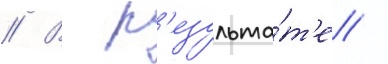
// В р'езульта́т'е /